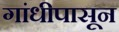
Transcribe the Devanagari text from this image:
गांधीपासून